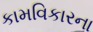
કામવિકારના